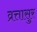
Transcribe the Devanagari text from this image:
व्रत्तासुर